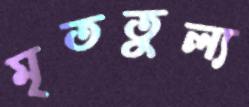
মৃততুল্য